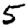
Digit: 5